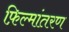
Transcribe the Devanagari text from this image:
फ़िल्मांतरण